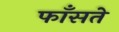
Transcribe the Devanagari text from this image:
फाँसते